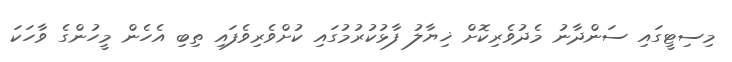
މިސިޓީގައި ސަންދާނު މެދުވެރިކޮށް ޚިޔާލު ފާޅުކުރުމުގައި ކުށްވެރިވެފައި ތިބި އެހެން މީހުންގެ ވާހަކަ